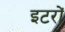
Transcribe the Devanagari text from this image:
इटरों